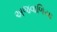
અજવાળિયા